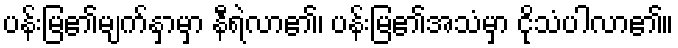
ပန်းမြ၏မျက်နှာမှာ နီရဲလာ၏၊ ပန်းမြ၏အသံမှာ ငိုသံပါလာ၏။